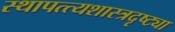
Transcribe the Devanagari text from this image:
स्थापत्त्यशास्त्रदृष्ट्या